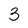
Character: 3